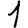
Digit: 1